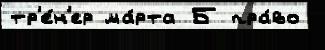
тр'е́н'ер ма́рта Б пра́во